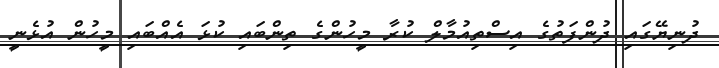
ދުނިޔޭގައި ދުންފަތުގެ އިސްތިއުމާލް ކުރާ މީހުންގެ ތިންބައި ކުޅަ އެއްބައި މީހުން އުޅެނީ